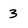
Character: 3